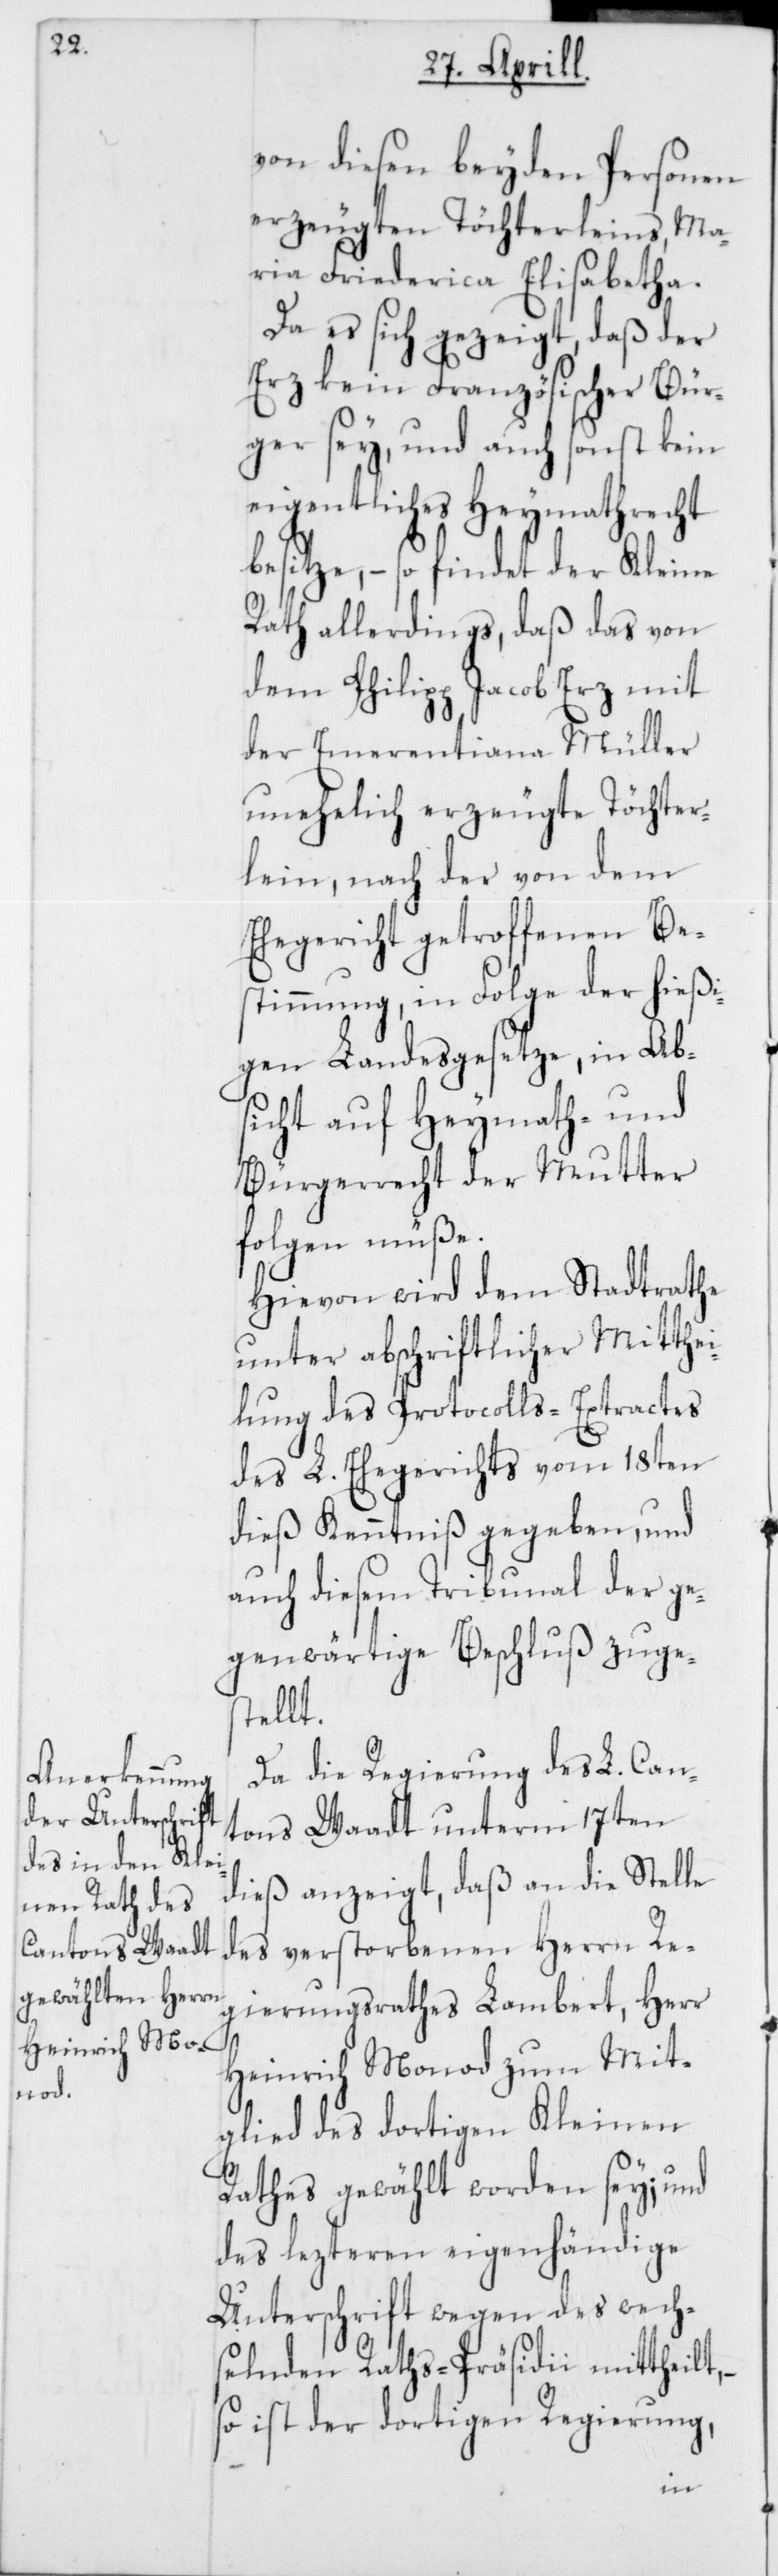
von diesen beyden Personen
erzeugten Töchterleins, Ma¬
ria Friederica Elisabetha.
Da es sich gezeigt, daß der
Erz kein Französischer Bür¬
ger sey, und auch sonst kein
eigentliches Heymathrecht
besitze, – so findet der Kleine
Rath allerdings, daß das von
dem Philipp Jacob Erz mit
der Emerentiana Müller
unehelich erzeugte Töchter¬
lein, nach der von dem
Ehegericht getroffenen Be¬
stimmung, in Folge der hießi¬
gen Landesgesetze, in Ab¬
sicht auf Heymath- und
Bürgerrecht der Mutter
folgen müße.
Hievon wird dem Stadtrathe
unter abschriftlicher Mitthei¬
lung des Protocolls-Extractes
des L. Ehegerichts vom 18ten
dieß Kenntniß gegeben, und
auch diesem Tribunal der ge¬
genwärtige Beschluß zuge¬
stellt.
Da die Regierung des L. Can¬
tons Waadt unterm 17ten
dieß anzeigt, daß an die Stelle
des verstorbenen Herrn Re¬
gierungsrathes Lambert, Herr
Heinrich Monod zum Mit¬
glied des dortigen Kleinen
Rathes gewählt worden sey; und
des lezteren eigenhändige
Unterschrift wegen des wech¬
selnden Raths-Präsidii mittheilt,
so ist der dortigen Regierung,